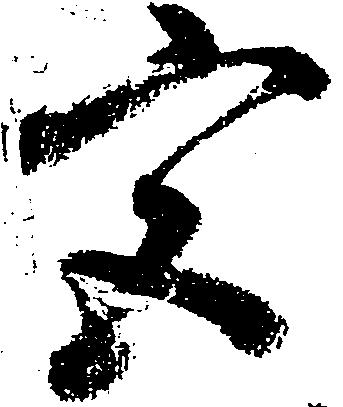
宮